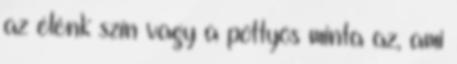
az élénk szín vagy a pöttyös minta az, ami